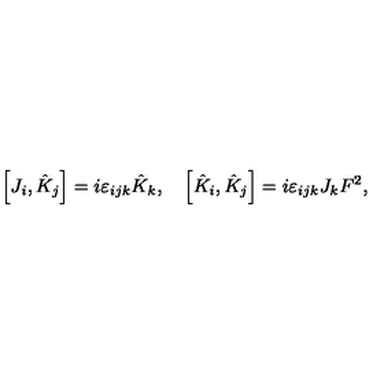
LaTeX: \left[ J _ { i } , \hat { K } _ { j } \right] = i \varepsilon _ { i j k } { \hat { K } } _ { k } , \quad \left[ { \hat { K } } _ { i } , { \hat { K } } _ { j } \right] = i \varepsilon _ { i j k } J _ { k } F ^ { 2 } ,